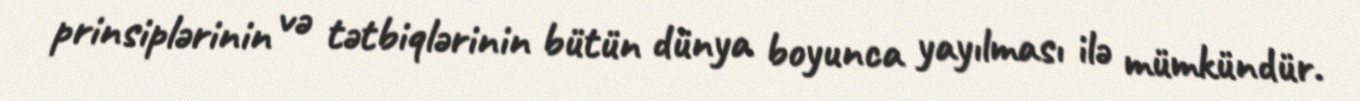
prinsiplərinin və tətbiqlərinin bütün dünya boyunca yayılması ilə mümkündür.